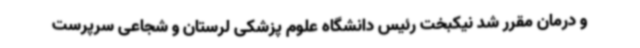
و درمان مقرر شد نیکبخت رئیس دانشگاه علوم پزشکی لرستان و شجاعی سرپرست